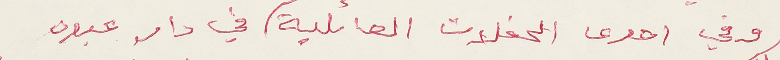
وفي احدى الحفلات العائلية في دار عبود